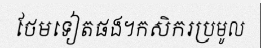
ថែមទៀតផង។កសិករប្រមូល